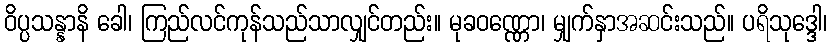
ဝိပ္ပသန္နာနိ ခေါ၊ ကြည်လင်ကုန်သည်သာလျှင်တည်း။ မုခဝဏ္ဏော၊ မျှက်နှာအဆင်းသည်။ ပရိသုဒ္ဒေါ၊